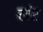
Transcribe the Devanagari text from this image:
लंट